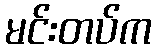
မင်းတပ်က